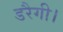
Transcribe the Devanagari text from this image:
डरैगी।